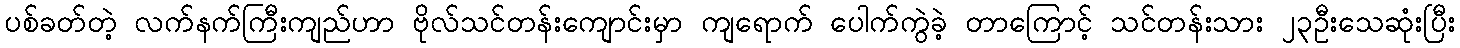
ပစ်ခတ်တဲ့ လက်နက်ကြီးကျည်ဟာ ဗိုလ်သင်တန်းကျောင်းမှာ ကျရောက် ပေါက်ကွဲခဲ့ တာကြောင့် သင်တန်းသား ၂၃ဦးသေဆုံးပြီး